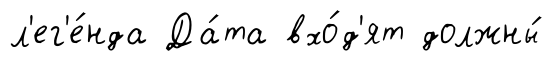
л'ег'е́нда Да́та вхо́д'ят должны́